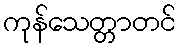
ကုန်သေတ္တာတင်